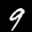
Label: 9